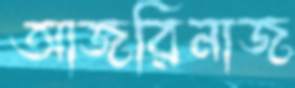
আজরিনাজ